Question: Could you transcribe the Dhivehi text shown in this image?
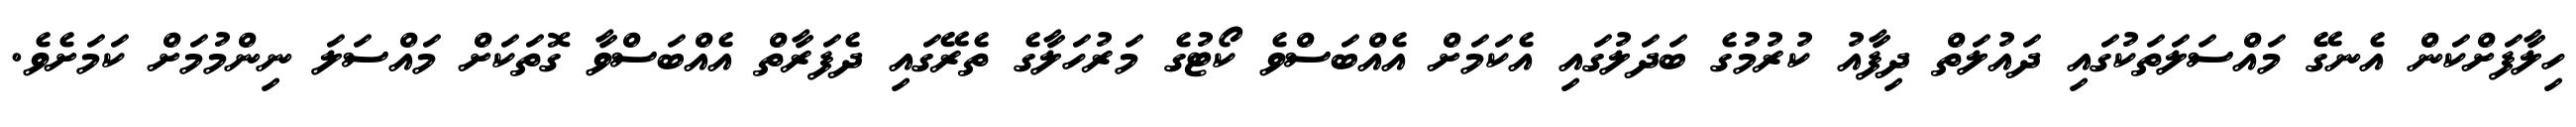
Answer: ހިލާފަށްކަން އެނގޭ މައްސަލަތަކުގައި ދައުލަތް ދިފާއު ކުރުމުގެ ބަދަލުގައި އެކަމަށް އެއްބަސްވެ ކޯޓުގެ މަރުހަލާގެ ތެރޭގައި ދެފަރާތް އެއްބަސްވާ ގޮތަކަށް މައްސަލަ ނިންމުމަށް ކަމަށެވެ.